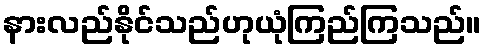
နားလည်နိုင်သည်ဟုယုံကြည်ကြသည်။